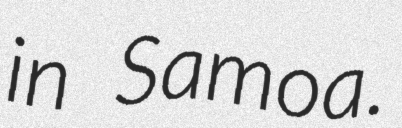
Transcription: in Samoa.